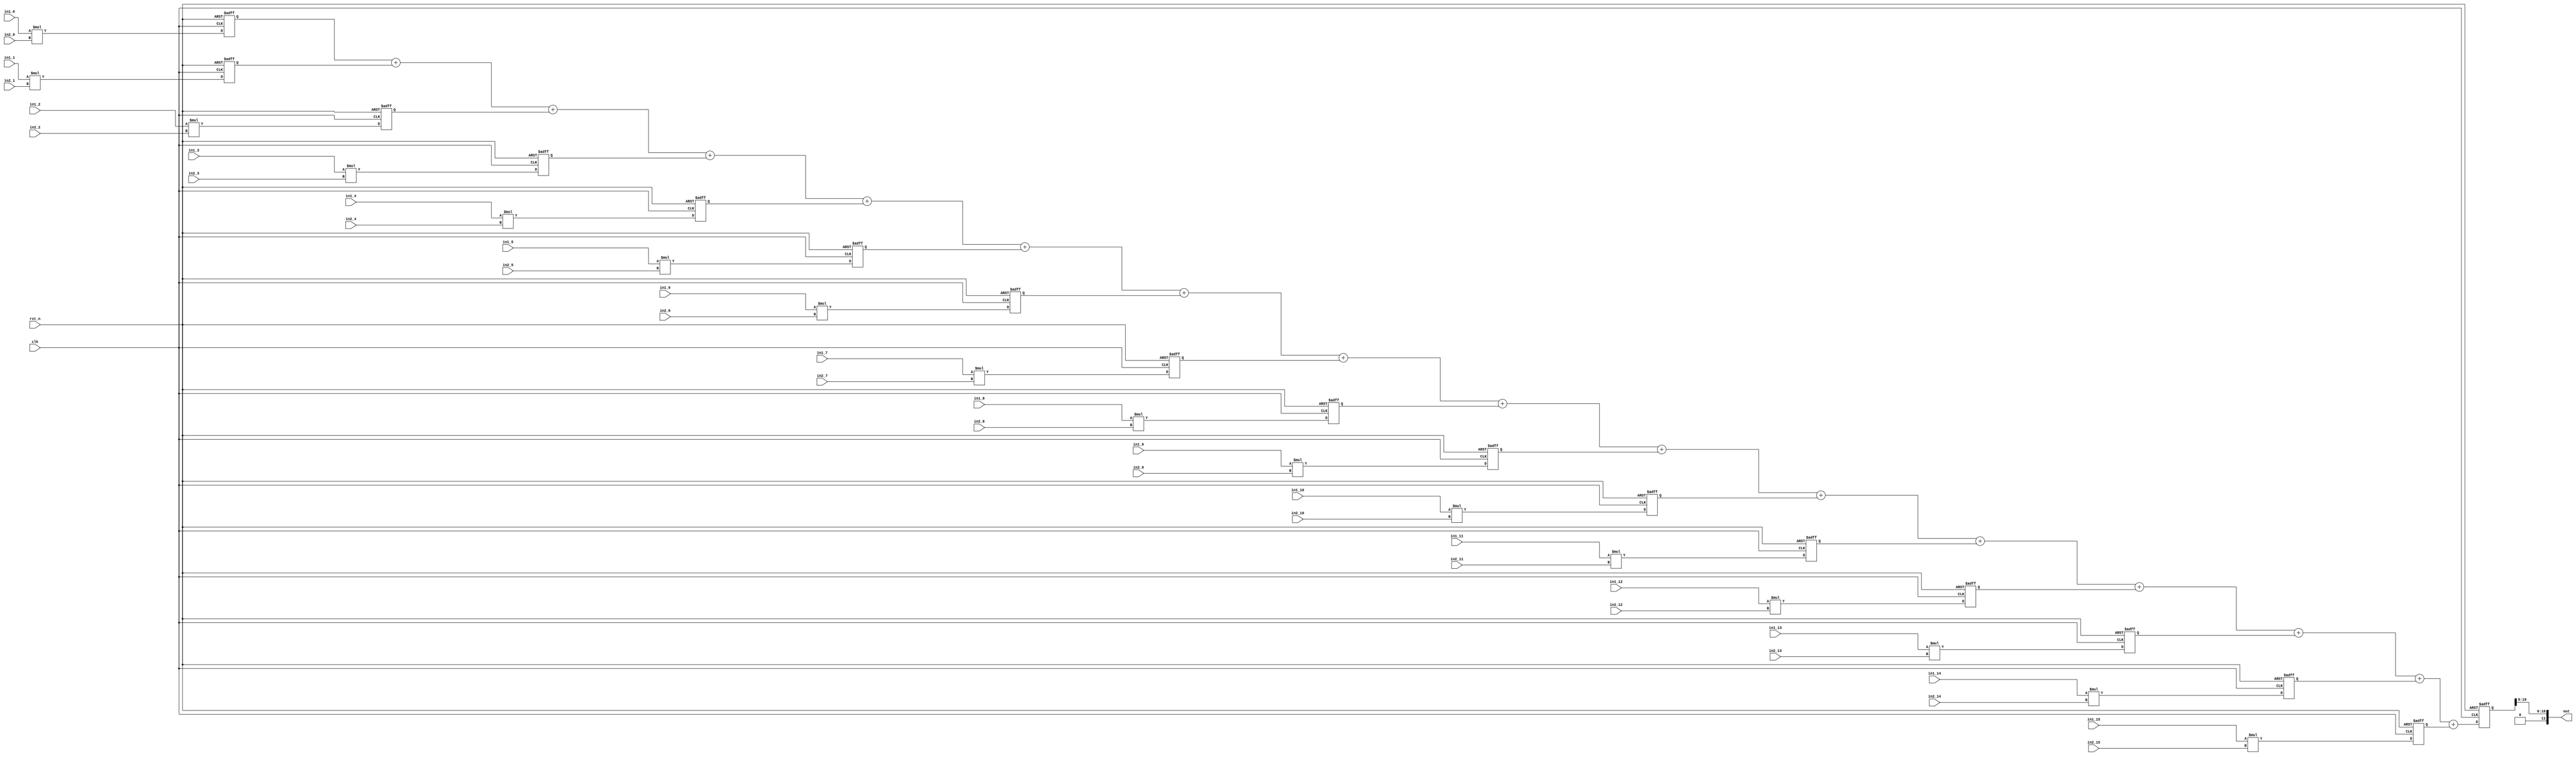
// two-stage 8B*8B_sum16 MAC (DaDianNao)
module b8Xb8_s16( 
  input clk,
  input rst_n, 
//in1, in2, 
  input [7:0] in1_0  ,
  input [7:0] in1_1  ,
  input [7:0] in1_2  ,
  input [7:0] in1_3  ,
  input [7:0] in1_4  ,
  input [7:0] in1_5  ,
  input [7:0] in1_6  ,
  input [7:0] in1_7  ,
  input [7:0] in1_8  ,
  input [7:0] in1_9  ,
  input [7:0] in1_10 ,
  input [7:0] in1_11 ,
  input [7:0] in1_12 ,
  input [7:0] in1_13 ,
  input [7:0] in1_14 ,
  input [7:0] in1_15 ,
//in1, in2, 
  input [7:0] in2_0  ,
  input [7:0] in2_1  ,
  input [7:0] in2_2  ,
  input [7:0] in2_3  ,
  input [7:0] in2_4  ,
  input [7:0] in2_5  ,
  input [7:0] in2_6  ,
  input [7:0] in2_7  ,
  input [7:0] in2_8  ,
  input [7:0] in2_9  ,
  input [7:0] in2_10 ,
  input [7:0] in2_11 ,
  input [7:0] in2_12 ,
  input [7:0] in2_13 ,
  input [7:0] in2_14 ,
  input [7:0] in2_15 ,
// output 
  output [11:0] out
  );

  //input clk;
  //input rst_n;
  //input [7:0] in1 [15:0];
  //input [7:0] in2 [15:0];
  //output [11:0] out;

  reg [19:0] psum;
  //reg [15:0] prod [15:0];
  reg [15:0] prod_0  ;
  reg [15:0] prod_1  ;
  reg [15:0] prod_2  ;
  reg [15:0] prod_3  ;
  reg [15:0] prod_4  ;
  reg [15:0] prod_5  ;
  reg [15:0] prod_6  ;
  reg [15:0] prod_7  ;
  reg [15:0] prod_8  ;
  reg [15:0] prod_9  ;
  reg [15:0] prod_10 ;
  reg [15:0] prod_11 ;
  reg [15:0] prod_12 ;
  reg [15:0] prod_13 ;
  reg [15:0] prod_14 ;
  reg [15:0] prod_15 ;

  always @(negedge rst_n or posedge clk) begin

    if (rst_n == 1'b0) begin

      //for(i=0; i<16; i=i+1) begin
      //    prod[i] = 16'b0;
      //end
      prod_0  <= 16'b0;
      prod_1  <= 16'b0;
      prod_2  <= 16'b0;
      prod_3  <= 16'b0;
      prod_4  <= 16'b0;
      prod_5  <= 16'b0;
      prod_6  <= 16'b0;
      prod_7  <= 16'b0;
      prod_8  <= 16'b0;
      prod_9  <= 16'b0;
      prod_10 <= 16'b0;
      prod_11 <= 16'b0;
      prod_12 <= 16'b0;
      prod_13 <= 16'b0;
      prod_14 <= 16'b0;
      prod_15 <= 16'b0;

      psum <= 20'b0;

    end else begin

      //for(i=0; i<16; i=i+1) begin
      //    prod[i] = in1[i] * in2[i];
      //end
      prod_0  <= in1_0  * in2_0  ;
      prod_1  <= in1_1  * in2_1  ;
      prod_2  <= in1_2  * in2_2  ;
      prod_3  <= in1_3  * in2_3  ;
      prod_4  <= in1_4  * in2_4  ;
      prod_5  <= in1_5  * in2_5  ;
      prod_6  <= in1_6  * in2_6  ;
      prod_7  <= in1_7  * in2_7  ;
      prod_8  <= in1_8  * in2_8  ;
      prod_9  <= in1_9  * in2_9  ;
      prod_10 <= in1_10 * in2_10 ;
      prod_11 <= in1_11 * in2_11 ;
      prod_12 <= in1_12 * in2_12 ;
      prod_13 <= in1_13 * in2_13 ;
      prod_14 <= in1_14 * in2_14 ;
      prod_15 <= in1_15 * in2_15 ;

      psum <= prod_0  + prod_1  + prod_2  + prod_3
           + prod_4  + prod_5  + prod_6  + prod_7
           + prod_8  + prod_9  + prod_10 + prod_11
           + prod_12 + prod_13 + prod_14 + prod_15;

    end
  end

  assign out = psum[19:9];

endmodule